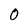
Character: O